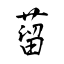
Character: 蒥